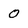
Character: 0